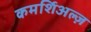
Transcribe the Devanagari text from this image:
कमर्शिअल्ज़